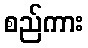
စည်ကား